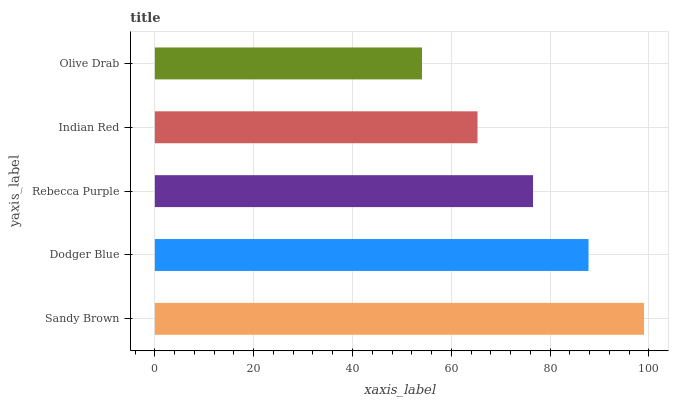
| yaxis_label | bars |
 | --- | --- |
 | Sandy Brown | 99 |
 | Dodger Blue | 87.8 |
 | Rebecca Purple | 76.5 |
 | Indian Red | 65.3 |
 | Olive Drab | 54.1 |